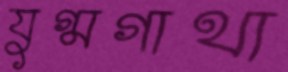
যুগ্মগাথা